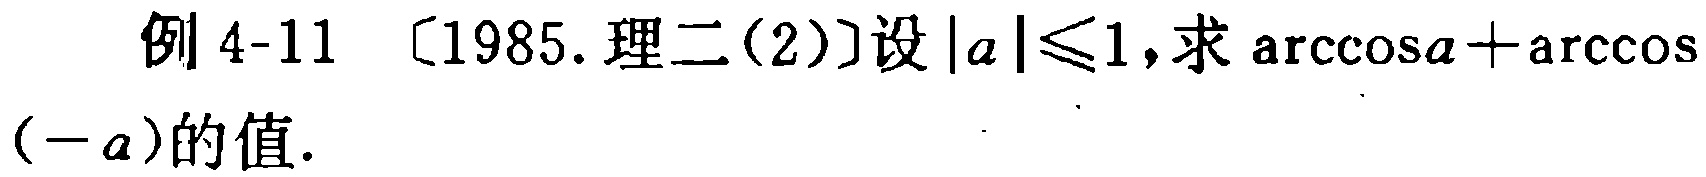
例 4-11 [1985.理二(2)]设\(\vert a\vert\leqslant1\)，求\(\arccos a+\arccos(-a)\)的值.